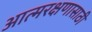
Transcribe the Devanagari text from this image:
आत्मरक्षणासाठी